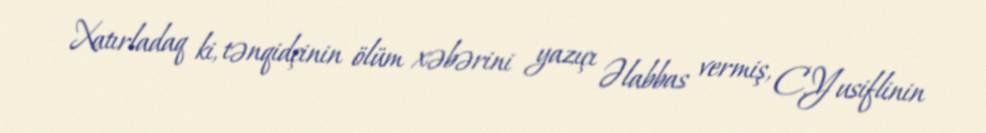
Xatırladaq ki, tənqidçinin ölüm xəbərini yazıçı Əlabbas vermiş, C.Yusiflinin